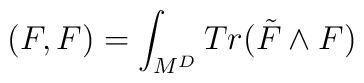
(F,F)= \int_{M^{D}} Tr (\tilde{F} \wedge F)